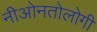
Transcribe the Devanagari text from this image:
नीओनतोलोगी